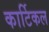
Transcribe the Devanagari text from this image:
कार्टिकल